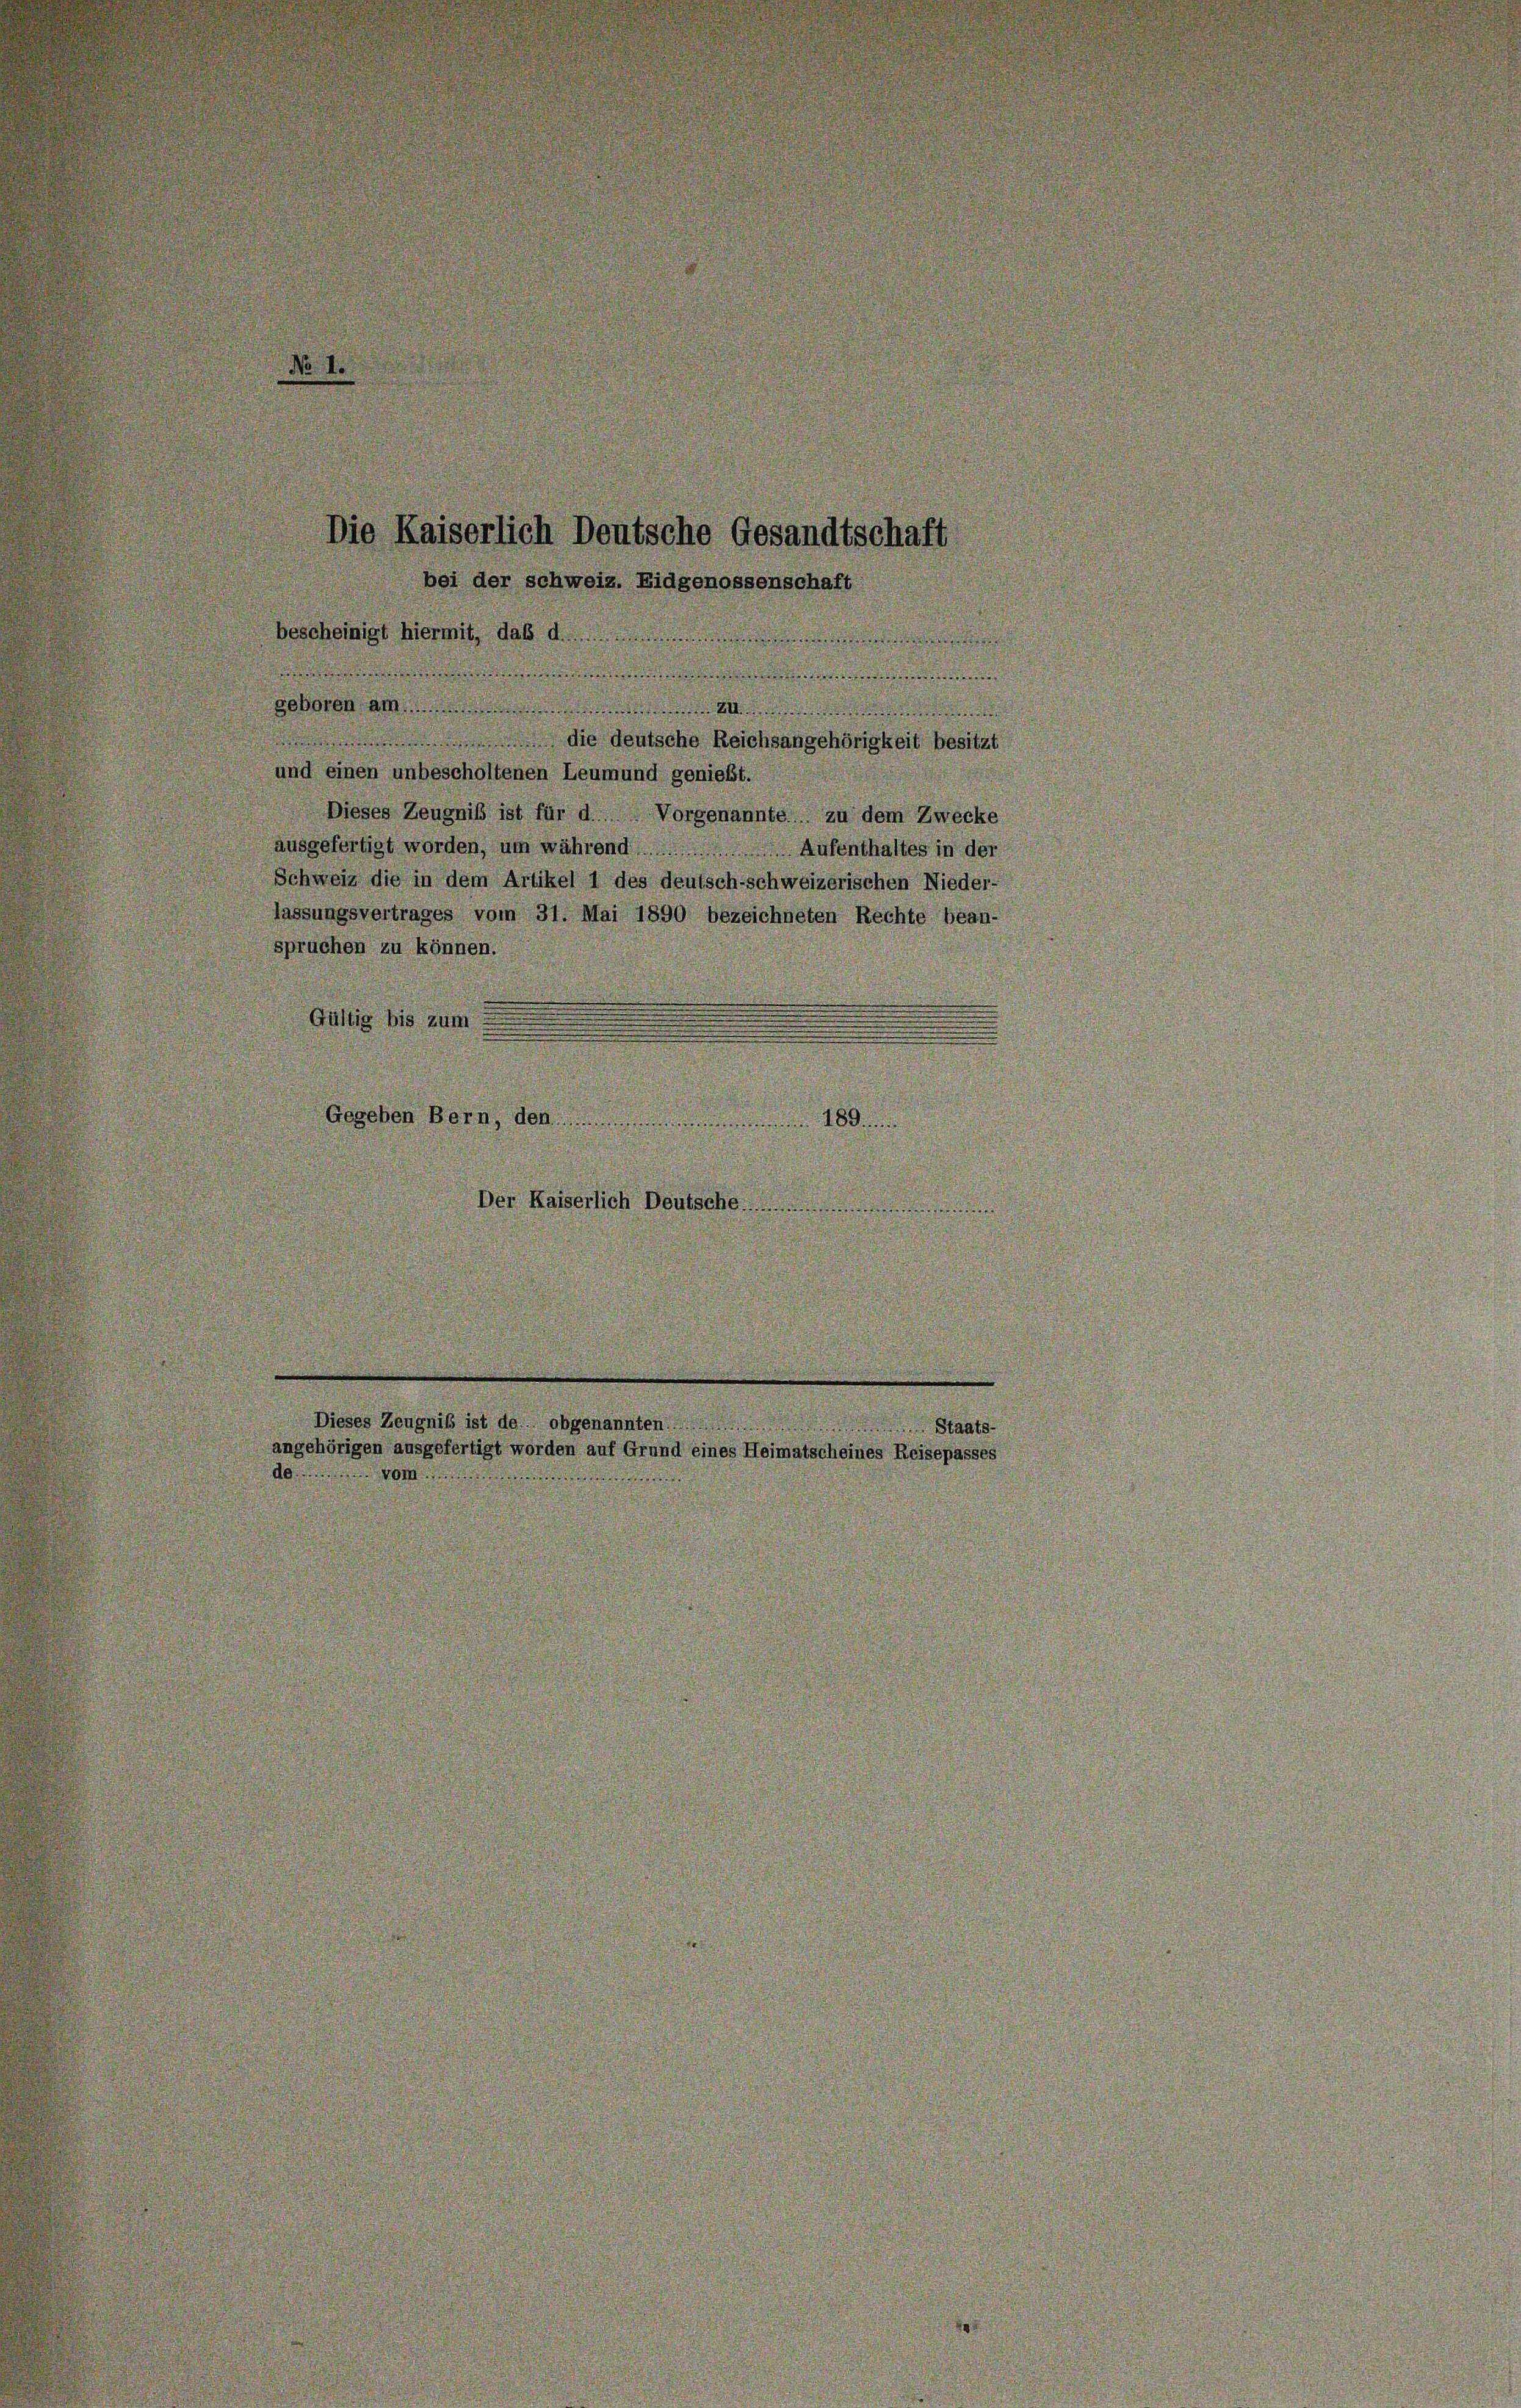
Die Kaiserlich Deutsche Gesandtschaft
bei der schweiz. Eidgenossenschaft

.
bescheinigt hiermit, daß dem

u

a
geboren am A
1
 die deutsche Reichsangehörigkeit besitzt
und einen unbescholtenen Leumund genießt.
Dieses Zeugniß ist für d. Vorgenannte zu dem Zwecke
ausgefertigt worden, um während .... Aufenthaltes in der
Schweiz die in dem Artikel 1 des deutsch-schweizerischen Nieder-
lassungsvertrages vom 31. Mai 1890 bezeichneten Rechte bean-
spruchen zu können.
.
Gültig bis zum
i
d
e
1

Gegeben Bern, den .................................. 189

a
.
Der Kaiserlich Deutsche

Dieses Zeugniß ist de obgenannten Staatsangehörigen ausgefertigt worden auf Grund eines Heimatscheines Reisepasses
dmiser innen.